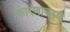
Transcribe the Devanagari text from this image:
कारणावरुण